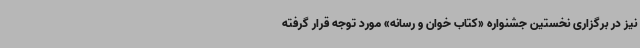
نیز در برگزاری نخستین جشنواره «کتاب خوان و رسانه» مورد توجه قرار گرفته